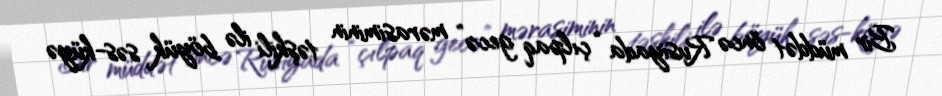
Bir müddət öncə Rusiyada “çılpaq gecə” mərasiminin təşkili ilə böyük səs-küyə